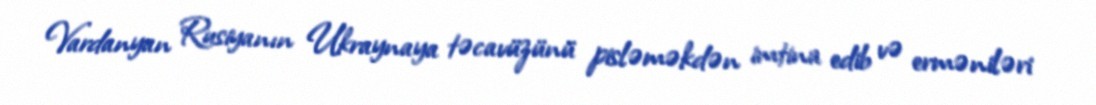
Vardanyan Rusiyanın Ukraynaya təcavüzünü pisləməkdən imtina edib və erməniləri